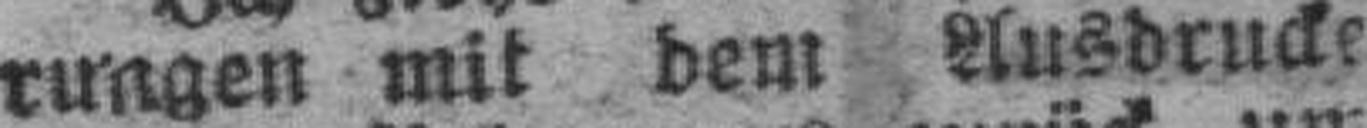
rungen mit dem Ausdrucke